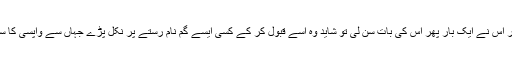
اسے ڈر تھا اگر اس نے ایک بار پھر اس کی بات سن لی تو شاید وہ اسے قبول کر کے کسی ایسے گم نام رستے پر نکل پڑے جہاں سے واپسی کا سفر نا ممکن ہو۔